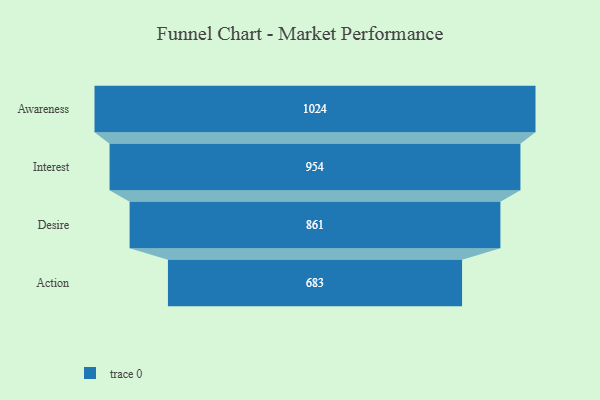
{"axis": {"x": "Stage", "y": "Value"}, "legend": [""], "data": [{"x": "Awareness", "y": 1024.0, "type": ""}, {"x": "Interest", "y": 954.0, "type": ""}, {"x": "Desire", "y": 861.0, "type": ""}, {"x": "Action", "y": 683.0, "type": ""}]}